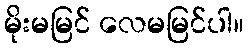
မိုးမမြင် လေမမြင်ပါ။